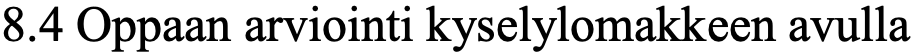
8.4 Oppaan arviointi kyselylomakkeen avulla